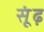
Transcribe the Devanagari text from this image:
सूंढ़